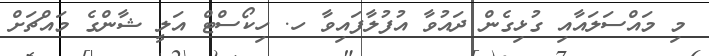
މި މައްސަލައާއި ގުޅިގެން ދައުވާ އުފުލާފައިވާ ހ. ހިކޯސްޓް އަލީ ޝާންގެ މައްޗަށް